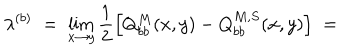
\lambda ^ { ( b ) } \; = \; \lim _ { x \rightarrow y } \frac { 1 } { 2 } \left[ Q _ { b b } ^ { M } ( x , y ) - Q _ { b b } ^ { M , S } ( x , y ) \right] \; =